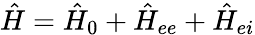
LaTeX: \hat{H}={\hat{H}}_{0}+{\hat{H}}_{ee}+{\hat{H}}_{ei}